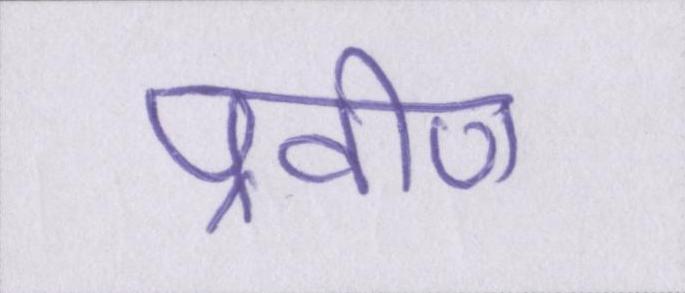
प्रवीण